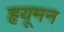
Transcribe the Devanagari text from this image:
हृयूमन